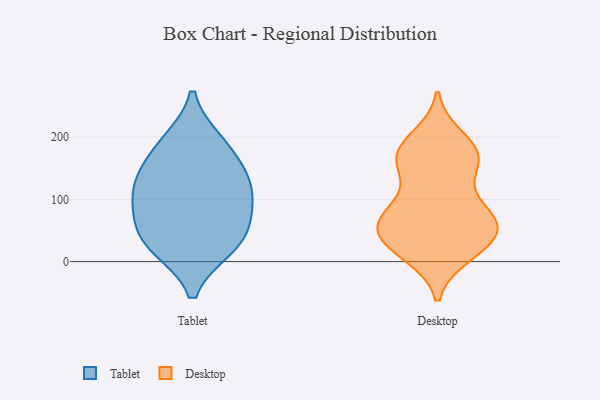
{"axis": {"x": "LTV (USD)", "y": "Value"}, "legend": ["Desktop", "Tablet"], "data": [{"x": "", "y": 131, "type": "Tablet"}, {"x": "", "y": 43, "type": "Tablet"}, {"x": "", "y": 24, "type": "Tablet"}, {"x": "", "y": 83, "type": "Tablet"}, {"x": "", "y": 23, "type": "Tablet"}, {"x": "", "y": 182, "type": "Tablet"}, {"x": "", "y": 75, "type": "Tablet"}, {"x": "", "y": 192, "type": "Tablet"}, {"x": "", "y": 124, "type": "Tablet"}, {"x": "", "y": 126, "type": "Tablet"}, {"x": "", "y": 12, "type": "Desktop"}, {"x": "", "y": 42, "type": "Desktop"}, {"x": "", "y": 170, "type": "Desktop"}, {"x": "", "y": 185, "type": "Desktop"}, {"x": "", "y": 68, "type": "Desktop"}, {"x": "", "y": 37, "type": "Desktop"}, {"x": "", "y": 50, "type": "Desktop"}, {"x": "", "y": 88, "type": "Desktop"}, {"x": "", "y": 59, "type": "Desktop"}, {"x": "", "y": 14, "type": "Desktop"}, {"x": "", "y": 150, "type": "Desktop"}, {"x": "", "y": 198, "type": "Desktop"}, {"x": "", "y": 79, "type": "Desktop"}, {"x": "", "y": 83, "type": "Desktop"}, {"x": "", "y": 166, "type": "Desktop"}, {"x": "", "y": 59, "type": "Desktop"}, {"x": "", "y": 25, "type": "Desktop"}, {"x": "", "y": 171, "type": "Desktop"}, {"x": "", "y": 155, "type": "Desktop"}]}